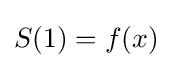
S(1)=f(x)